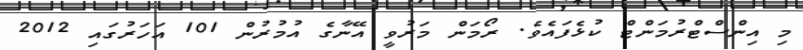
މި އިންސްޓްރުމަންޓް ކުޅެފައެވެ. ރޯމަން މަރުވީ އޭނާގެ އުމުރުން 101 އަހަރުގައި 2012